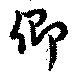
卿